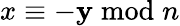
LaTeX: x\equiv-\mathbf{y}{\bmod{n}}